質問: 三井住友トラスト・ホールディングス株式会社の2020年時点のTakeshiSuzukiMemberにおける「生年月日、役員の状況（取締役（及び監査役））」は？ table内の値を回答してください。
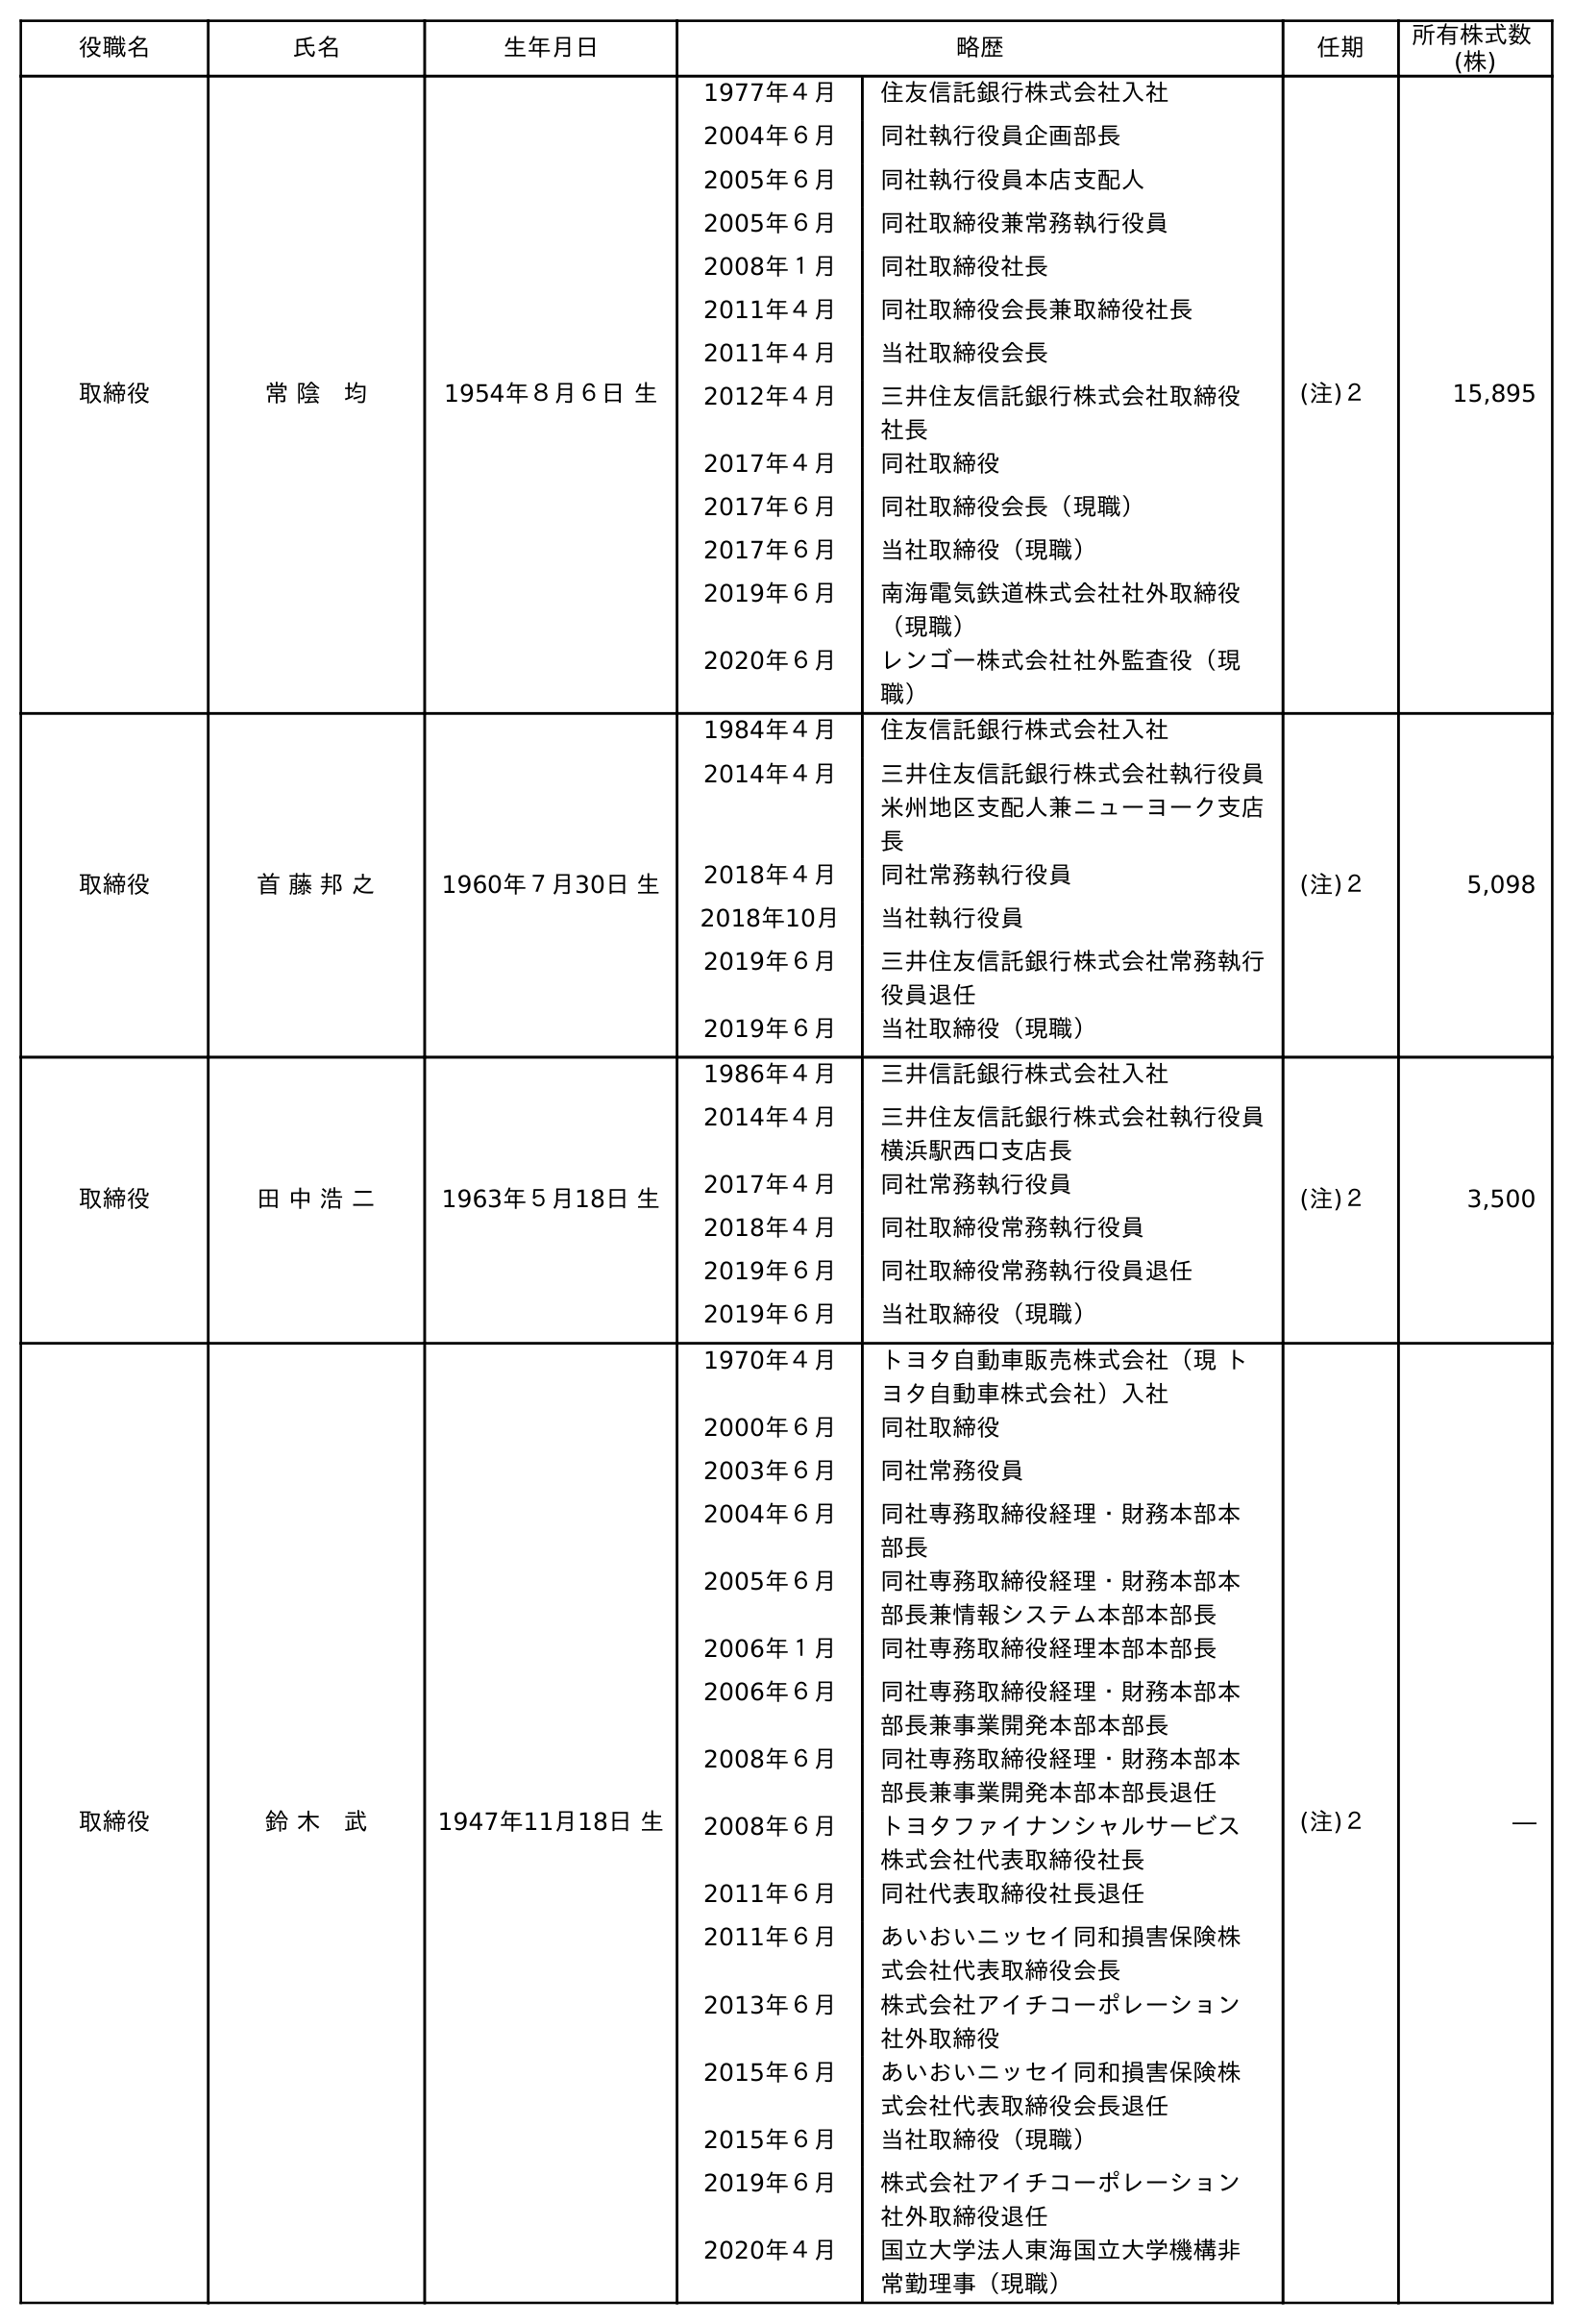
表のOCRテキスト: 役職名 氏名 生年月日 略歴 任期 所有株式数 (株) 取締役 常 陰 均 1954年８月６日 生 1977年４月 住友信託銀行株式会社入社 2004年６月 同社執行役員企画部長 2005年６月 同社執行役員本店支配人 2005年６月 同社取締役兼常務執行役員 2008年１月 同社取締役社長 2011年４月 同社取締役会長兼取締役社長 2011年４月 当社取締役会長 2012年４月 三井住友信託銀行株式会社取締役  社長 2017年４月 同社取締役 2017年６月 同社取締役会長（現職） 2017年６月 当社取締役（現職） 2019年６月 南海電気鉄道株式会社社外取締役 （現職） 2020年６月 レンゴー株式会社社外監査役（現 職） (注)２ 15,895 取締役 首 藤 邦 之 1960年７月30日 生 1984年４月 住友信託銀行株式会社入社 2014年４月 三井住友信託銀行株式会社執行役員 米州地区支配人兼ニューヨーク支店 長 2018年４月 同社常務執行役員 2018年10月 当社執行役員 2019年６月 三井住友信託銀行株式会社常務執行 役員退任 2019年６月 当社取締役（現職） (注)２ 5,098 取締役 田 中 浩 二 1963年５月18日 生 1986年４月 三井信託銀行株式会社入社 2014年４月 三井住友信託銀行株式会社執行役員 横浜駅西口支店長 2017年４月 同社常務執行役員 2018年４月 同社取締役常務執行役員 2019年６月 同社取締役常務執行役員退任 2019年６月 当社取締役（現職） (注)２ 3,500 取締役 鈴 木 武 1947年11月18日 生 1970年４月 トヨタ自動車販売株式会社（現 ト ヨタ自動車株式会社）入社 2000年６月 同社取締役 2003年６月 同社常務役員 2004年６月 同社専務取締役経理・財務本部本 部長 2005年６月 同社専務取締役経理・財務本部本 部長兼情報システム本部本部長 2006年１月 同社専務取締役経理本部本部長 2006年６月 同社専務取締役経理・財務本部本 部長兼事業開発本部本部長 2008年６月 同社専務取締役経理・財務本部本 部長兼事業開発本部本部長退任 2008年６月 トヨタファイナンシャルサービス 株式会社代表取締役社長 2011年６月 同社代表取締役社長退任 2011年６月 あいおいニッセイ同和損害保険株 式会社代表取締役会長 2013年６月 株式会社アイチコーポレーション 社外取締役 2015年６月 あいおいニッセイ同和損害保険株 式会社代表取締役会長退任 2015年６月 当社取締役（現職） 2019年６月 株式会社アイチコーポレーション 社外取締役退任 2020年４月 国立大学法人東海国立大学機構非 常勤理事（現職） (注)２ ―
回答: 1947年11月18日生